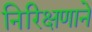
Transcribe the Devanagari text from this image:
निरिक्षणाने